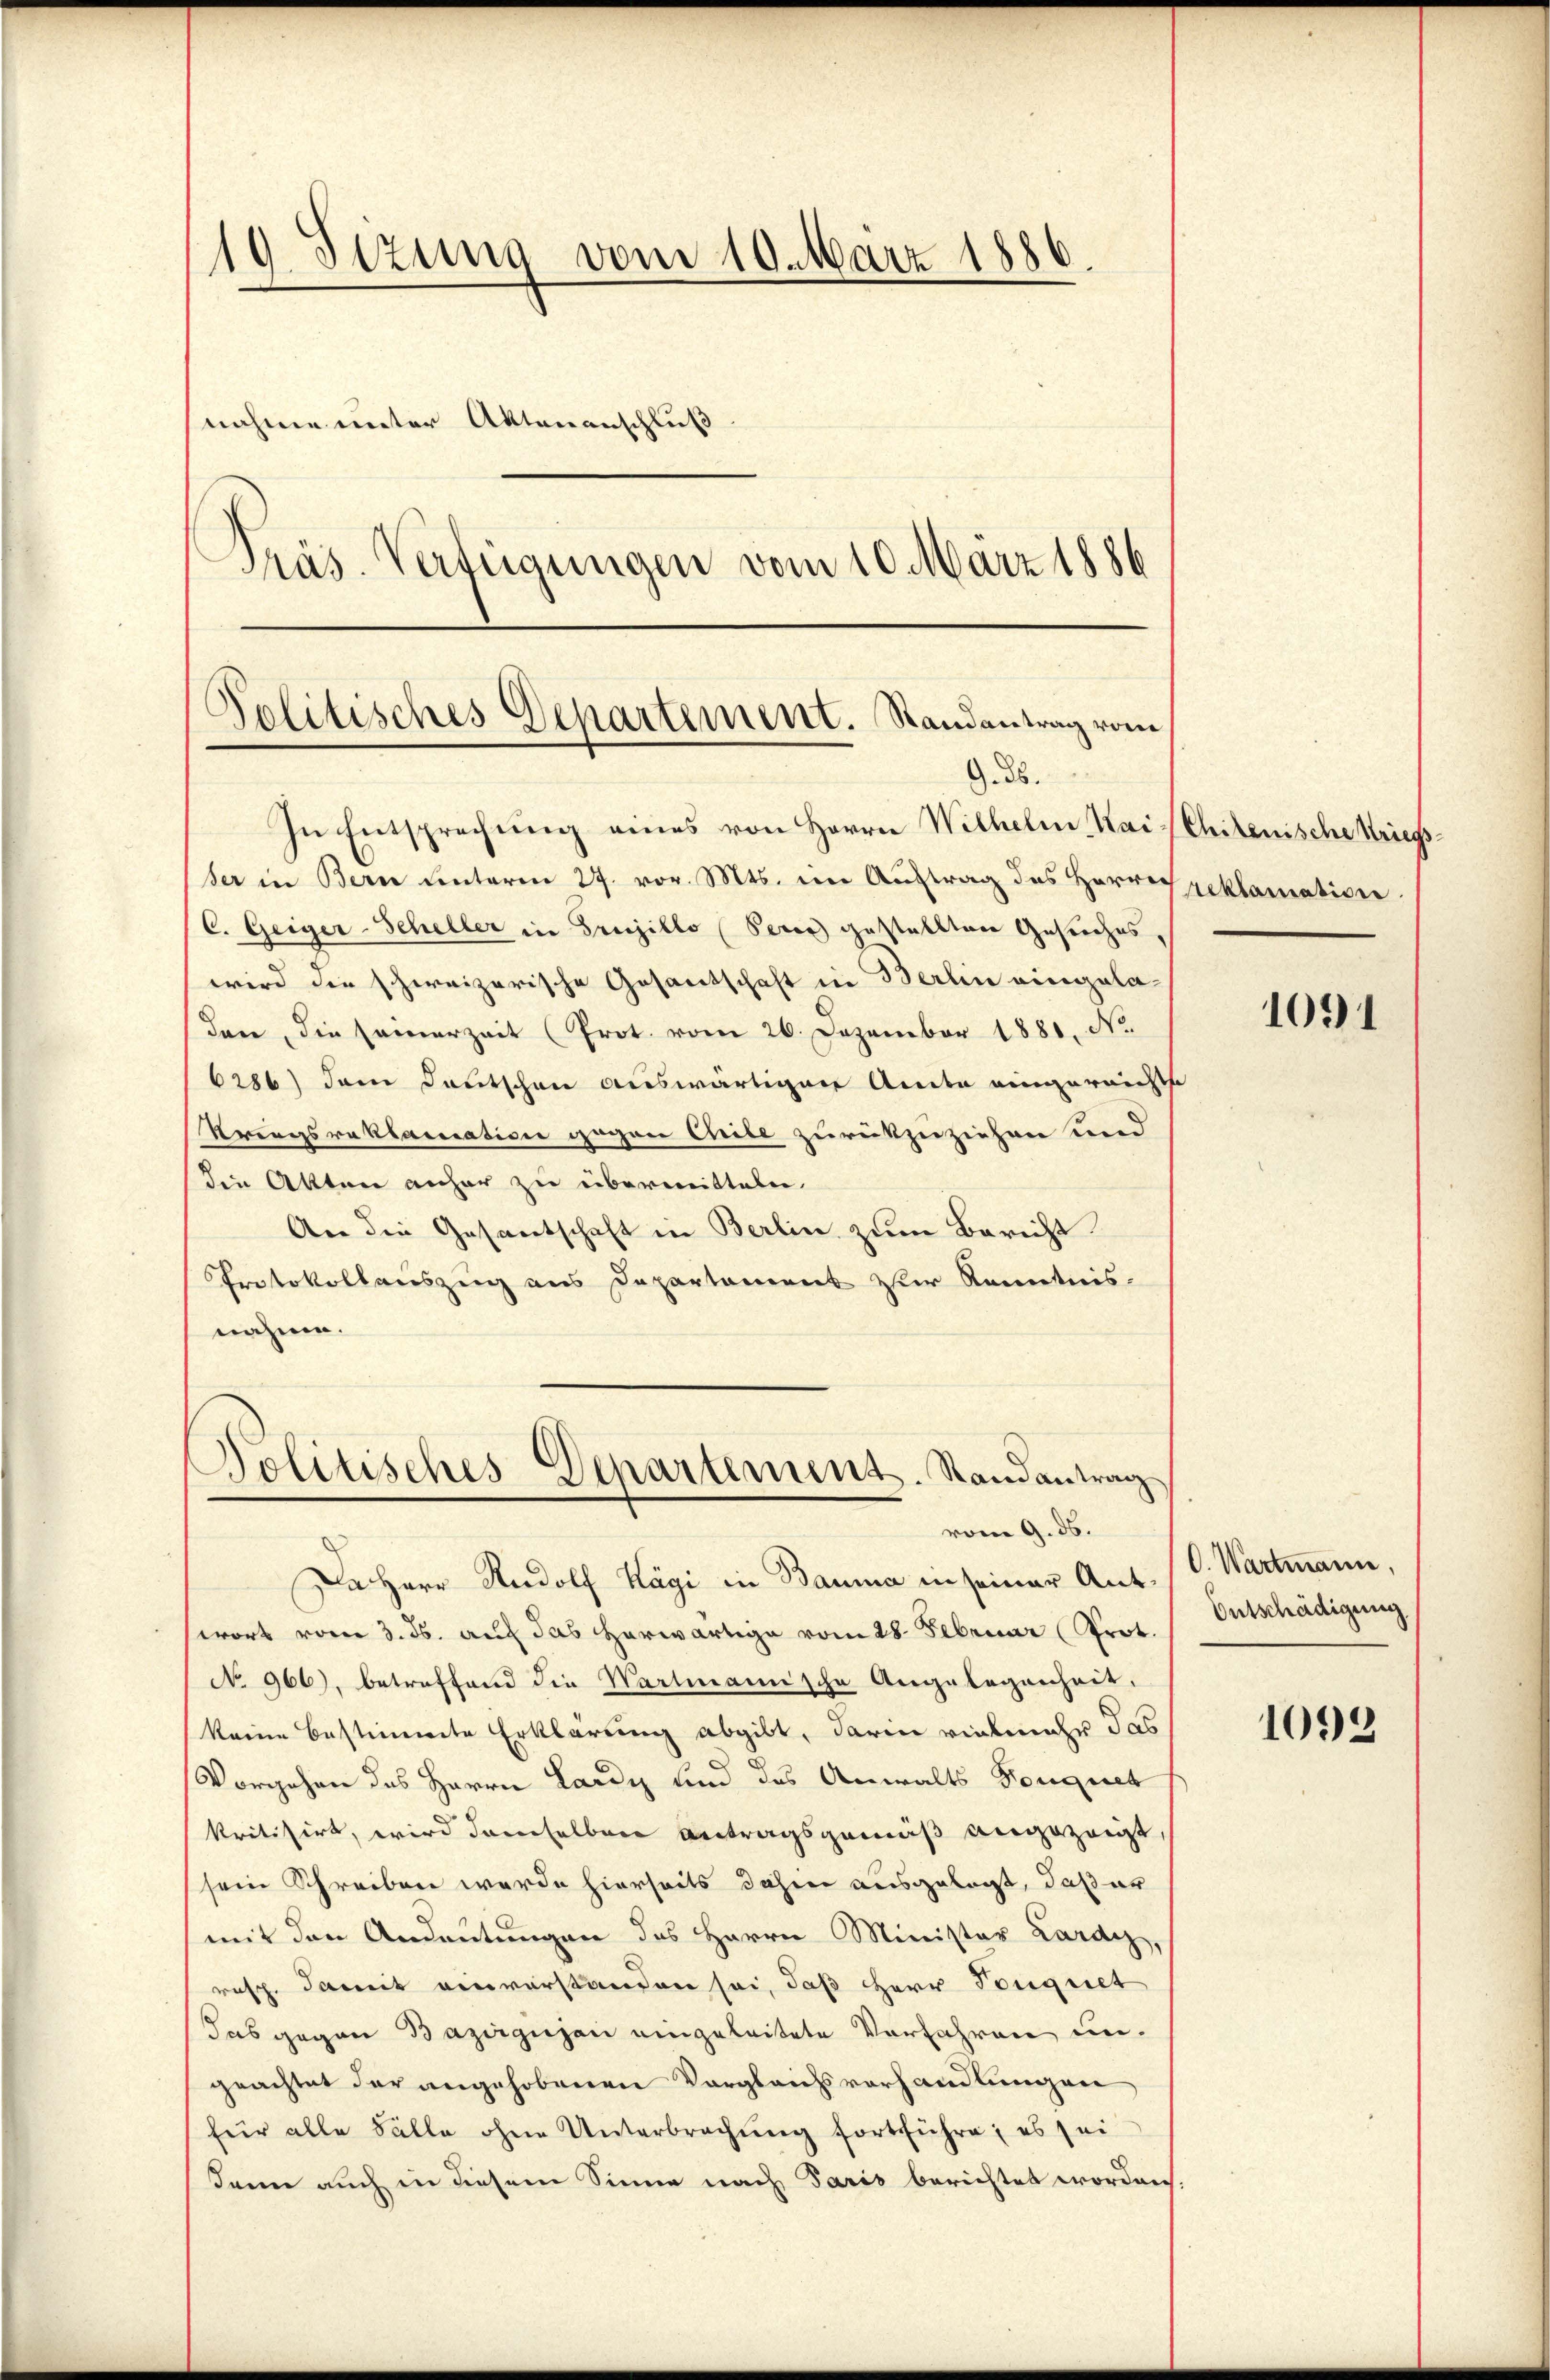
¬
Präs. Verfeigungen vom 10. März 1886

19. Sizung vom 10. März 1886.
nahme unter Aktenanschluß

Politisches Departement. Randantrag vom
9. d.

Politisches Departement. Randantrag
vom 9. ds.

In Entsprechung eines von Herrn Wilhelm Kai (Chilenische Kriegsser in Bern unterm 27. vor. Mts. im Auftrag des Herrn geklamation
C. Geiger-Scheller in Frujillo (Peres gestellten Gesuches,
wird die schweizerische Gesandtschaft in Berlin eingeladen, die seinerzeit (Prot. vom 26. Dezember 1881. No.
6286) dem Deutschen auswärtigen Amte eingereichte
Kriegsraklasssation gegen Chiebe zurückzuziehen und
die Akten anher zu übermitteln.
An die Gesantschaft in Berlin zum Bericht
Protokollauszug aus Departament zur Kenntnis-
nahme.

Da Herr Rudolf Kägi in Bauma in seiner Ant. (V. Wartmann,
wort vom 3. ds. auf das herwärtige vom 28. Februar (Prot.
No 966), betreffend die Wartmannische Angelegenheit,
keine bestimmte Erklärung abgibt, darin vielmehr das
Vorgehen des Herrn Lardy und das Anwalts Kongrech
kritisirt, wird demselben Antragsgemäß angezeigt,
sein Schreiben werde hierseits dahin ausgelegt, daß er
mit den Andeutungen des Herrn Minister Lardy,
resp. damit einverstanden sei, daß Herr Tonguet
das gegen Bazirgujan eingeleitete Vorfahren ungeachtet der angehobenen Vergleichsvorhandlungen
für alle Fälle ohne Unterbrechŭng fortführe; es sei
dann auch in diesem Sinne nach Paris berichtet worden.

1091

Entschädigung

1092